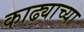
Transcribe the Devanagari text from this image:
काढ्याच्या